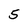
Character: 5